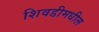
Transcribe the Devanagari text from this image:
शिवडीमधील